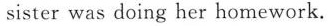
sister was doing her homework.